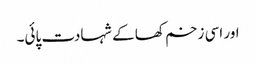
اور اسی زخم کھا کے شہادت پائی۔